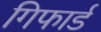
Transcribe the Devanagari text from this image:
गिफार्ड